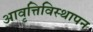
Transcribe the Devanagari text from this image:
आवृत्तिविस्थापन